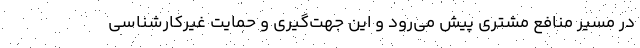
در مسیر منافع مشتری پیش می‌رود و این جهت‌گیری و حمایت غیرکارشناسی